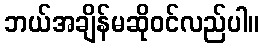
ဘယ်အချိန်မဆိုဝင်လည်ပါ။